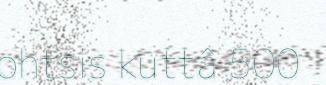
ohtsis kuttâ 500